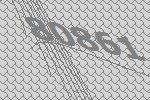
80861